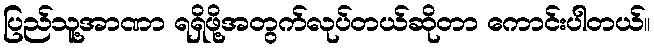
ပြည်သူ့အာဏာ ရရှိဖို့အတွက်လုပ်တယ်ဆိုတာ ကောင်းပါတယ်။